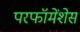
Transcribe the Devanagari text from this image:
परफॉमेंशेस